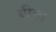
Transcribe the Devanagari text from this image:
बीचा